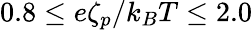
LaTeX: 0.8\leq e\zeta_{p}/k_{B}T\leq 2.0